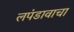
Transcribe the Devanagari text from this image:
लपंडावाचा